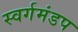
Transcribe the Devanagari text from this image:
स्वर्गमंडप